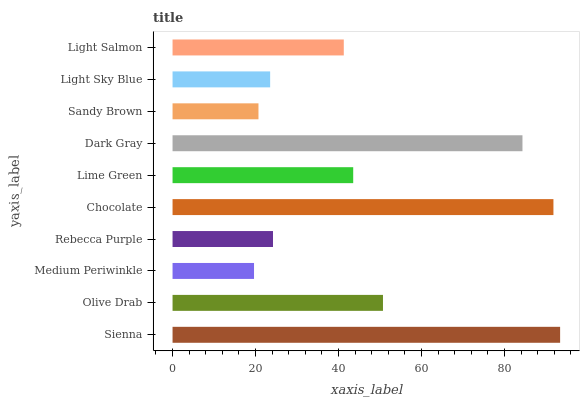
| yaxis_label | bars |
 | --- | --- |
 | Sienna | 93.4 |
 | Olive Drab | 50.7 |
 | Medium Periwinkle | 19.6 |
 | Rebecca Purple | 24.2 |
 | Chocolate | 91.8 |
 | Lime Green | 43.5 |
 | Dark Gray | 84.3 |
 | Sandy Brown | 20.7 |
 | Light Sky Blue | 23.5 |
 | Light Salmon | 41.3 |